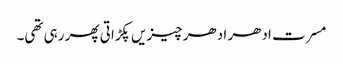
مسرت ادھر ادھر چیزیں پکڑاتی پھر رہی تھی۔